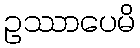
ဥဿာပေမိ